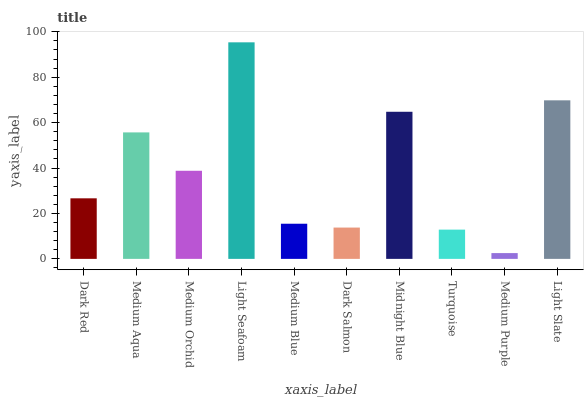
| xaxis_label | bars |
 | --- | --- |
 | Dark Red | 26.7 |
 | Medium Aqua | 55.7 |
 | Medium Orchid | 38.8 |
 | Light Seafoam | 95.4 |
 | Medium Blue | 15.5 |
 | Dark Salmon | 13.8 |
 | Midnight Blue | 64.8 |
 | Turquoise | 12.9 |
 | Medium Purple | 2.55 |
 | Light Slate | 69.8 |